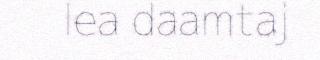
lea daamtaj